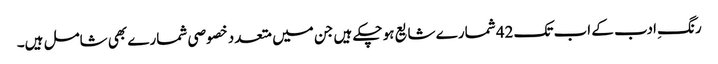
رنگِ ادب کے اب تک 42 شمارے شایع ہو چکے ہیں جن میں متعدد خصوصی شمارے بھی شامل ہیں۔